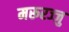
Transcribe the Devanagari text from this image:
मरूरज्जु